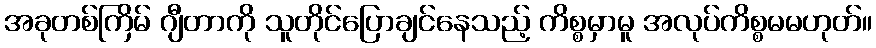
အခုတစ်ကြိမ် ဂျီတာကို သူတိုင်ပြောချင်နေသည့် ကိစ္စမှာမူ အလုပ်ကိစ္စမမဟုတ်။